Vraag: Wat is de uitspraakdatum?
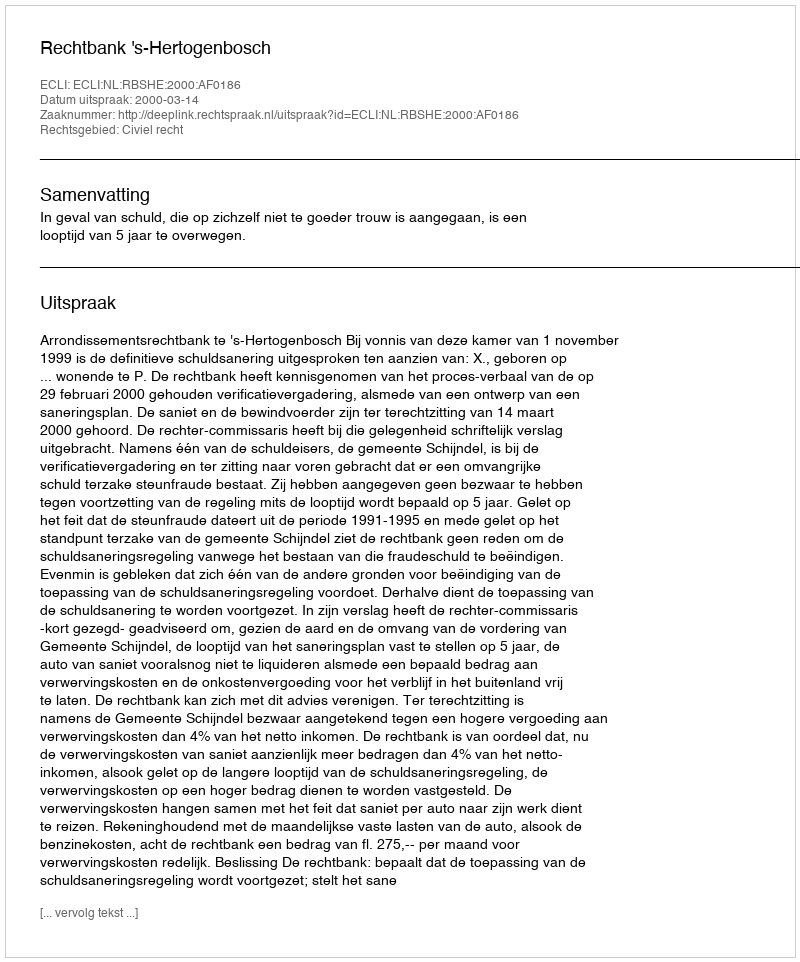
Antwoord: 2000-03-14